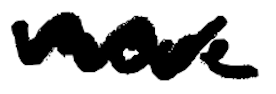
Text: move
Cross-out: wave
Writing tool: digital_black